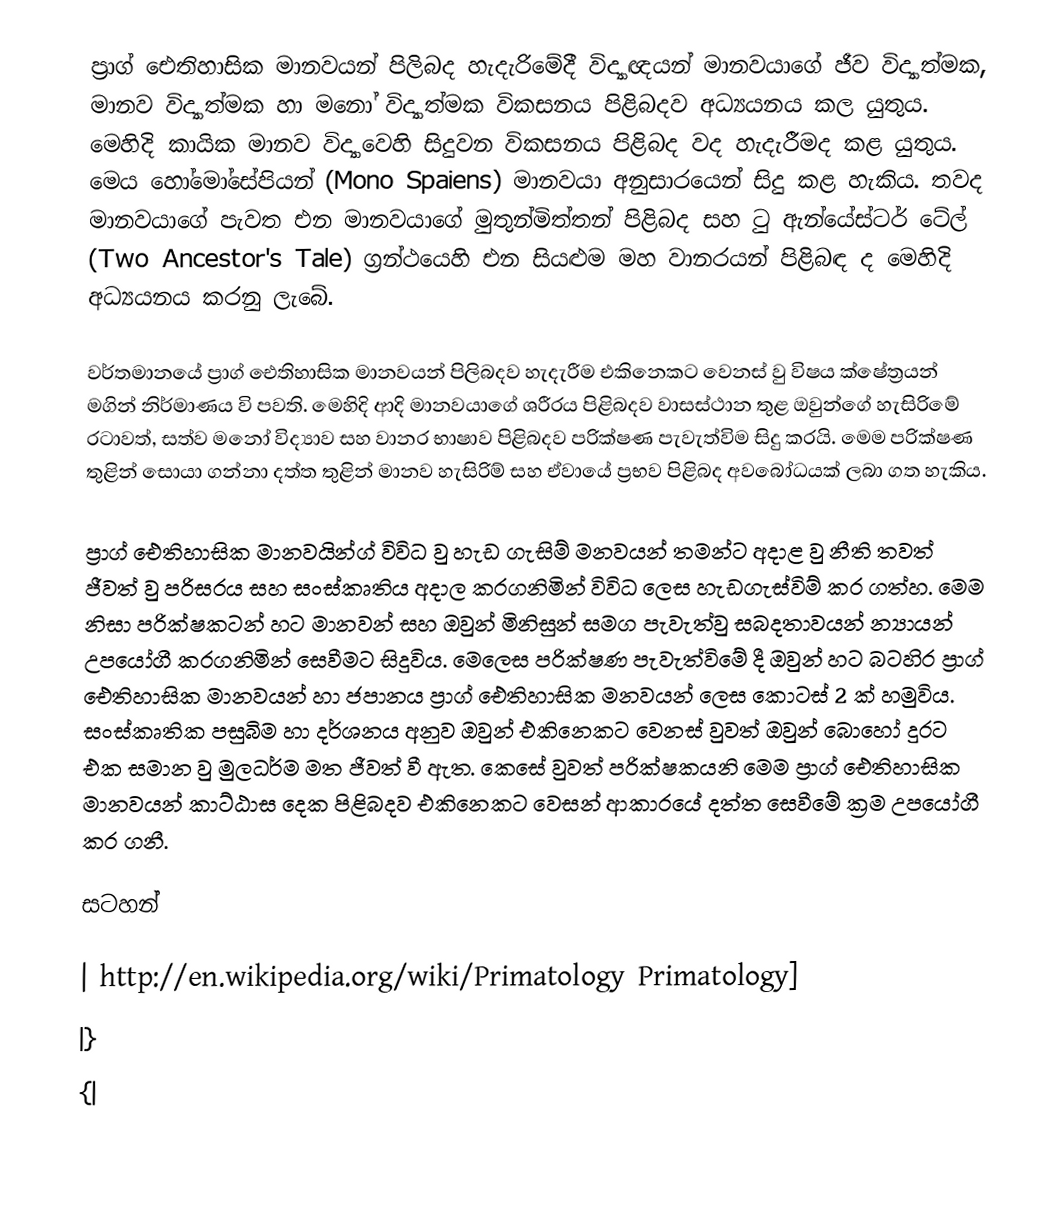
ප්‍රාග් ඓතිහාසික මානවයන් පිලිබද හැදැරිමේදී විද්‍යාඥයන් මානවයාගේ ජීව විද්‍යාත්මක, මානව විද්‍යාත්මක හා මනෝ විද්‍යාත්මක විකසනය පිළිබදව අධ්‍යයනය කල යුතුය. මෙහිදි කායික මානව විද්‍යාවෙහි සිදුවන විකසනය පිළිබද වද හැදැරීමද කළ යුතුය. මෙය හෝමෝසේපියන් (Mono Spaiens) මානවයා අනුසාරයෙන් සිදු කළ හැකිය. තවද මානවයාගේ පැවත එන මානවයාගේ  මුතුන්මිත්තන් පිළිබද සහ ටු ඇන්යේස්ටර් ටේල් (Two Ancestor's Tale) ග්‍රන්ථයෙහි එන සියළුම මහ වානරයන් පිළිබඳ ද මෙහිදි අධ්‍යයනය කරනු ලැබේ.

වර්තමානයේ ප්‍රාග් ඓතිහාසික මානවයන් පිලිබදව හැදැරීම එකිනෙකට වෙනස් වු විෂය ක්ෂේත්‍රයන් මගින් නිර්මාණය වි පවති. මෙහිදි ආදි මානවයාගේ ශරීරය පිළිබදව වාසස්ථාන තුළ  ඔවුන්ගේ හැසිරිමේ රටාවත්, සත්ව මනෝ විද්‍යාව සහ වානර භාෂාව පිළිබදව පරික්ෂණ පැවැත්විම සිදු කරයි. මෙම පරික්ෂණ තුළින් සොයා ගන්නා දත්ත තුළින් මානව හැසිරිම් සහ ඒවායේ ප්‍රභව පිළිබද අවබෝධයක් ලබා ගත හැකිය.

ප්‍රාග් ඓතිහාසික මානවයින්ග් විවිධ වු  හැඩ ගැසිම් මනවයන් තමන්ට අදාළ වු නීති තවත් ජීවත් වු පරිසරය සහ සංස්කෘතිය අදාල කරගනිමින් විවිධ ලෙස හැඩගැස්විම් කර ගත්හ. මෙම නිසා පරික්ෂකටන් හට මානවන් සහ ඔවුන් මිනිසුන් සමග පැවැත්වු සබදතාවයන් න්‍යායන් උපයෝගී කරගනිමින් සෙවීමට සිදුවිය. මෙලෙස පරික්ෂණ පැවැත්විමේ දී ඔවුන් හට බටහිර ප්‍රාග් ඓතිහාසික මානවයන් හා ජපානය ප්‍රාග් ඓතිහාසික මනවයන් ‍ලෙස කොටස් 2 ක් හමුවිය. සංස්කෘතික පසුබිම හා දර්ශනය අනුව ඔවුන් එකිනෙකට වෙනස් වුවත් ඔවුන් බොහෝ දුරට එක සමාන වු මුලධර්ම මත ජීවත් වී ඇත. කෙසේ වුවත් පරික්ෂකයනි මෙම ප්‍රාග් ඓතිහාසික මානවයන් කාට්ඨාස දෙක පිළිබදව එකිනෙකට වෙසන් ආකාරයේ දත්ත සෙවීමේ ක්‍රම උපයෝගී කර ගනී.

සටහන්

| http://en.wikipedia.org/wiki/Primatology Primatology]
|}
{|